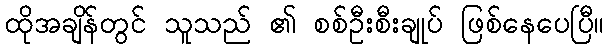
ထိုအချိန်တွင် သူသည် ၏ စစ်ဦးစီးချုပ် ဖြစ်နေပေပြီ။